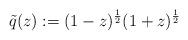
LaTeX: \begin{align*}\tilde{q} (z) := (1-z)^{\frac{1}{2}}(1+z)^{\frac{1}{2}} \end{align*}